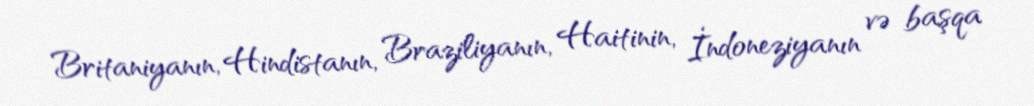
Britaniyanın, Hindistanın, Braziliyanın, Haitinin, İndoneziyanın və başqa